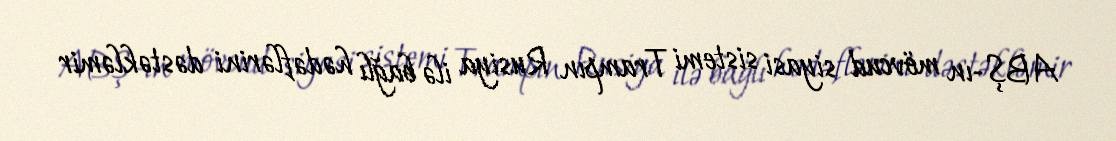
ABŞ-ın mövcud siyasi sistemi Trampın Rusiya ilə bağlı hədəflərini dəstəkləmir